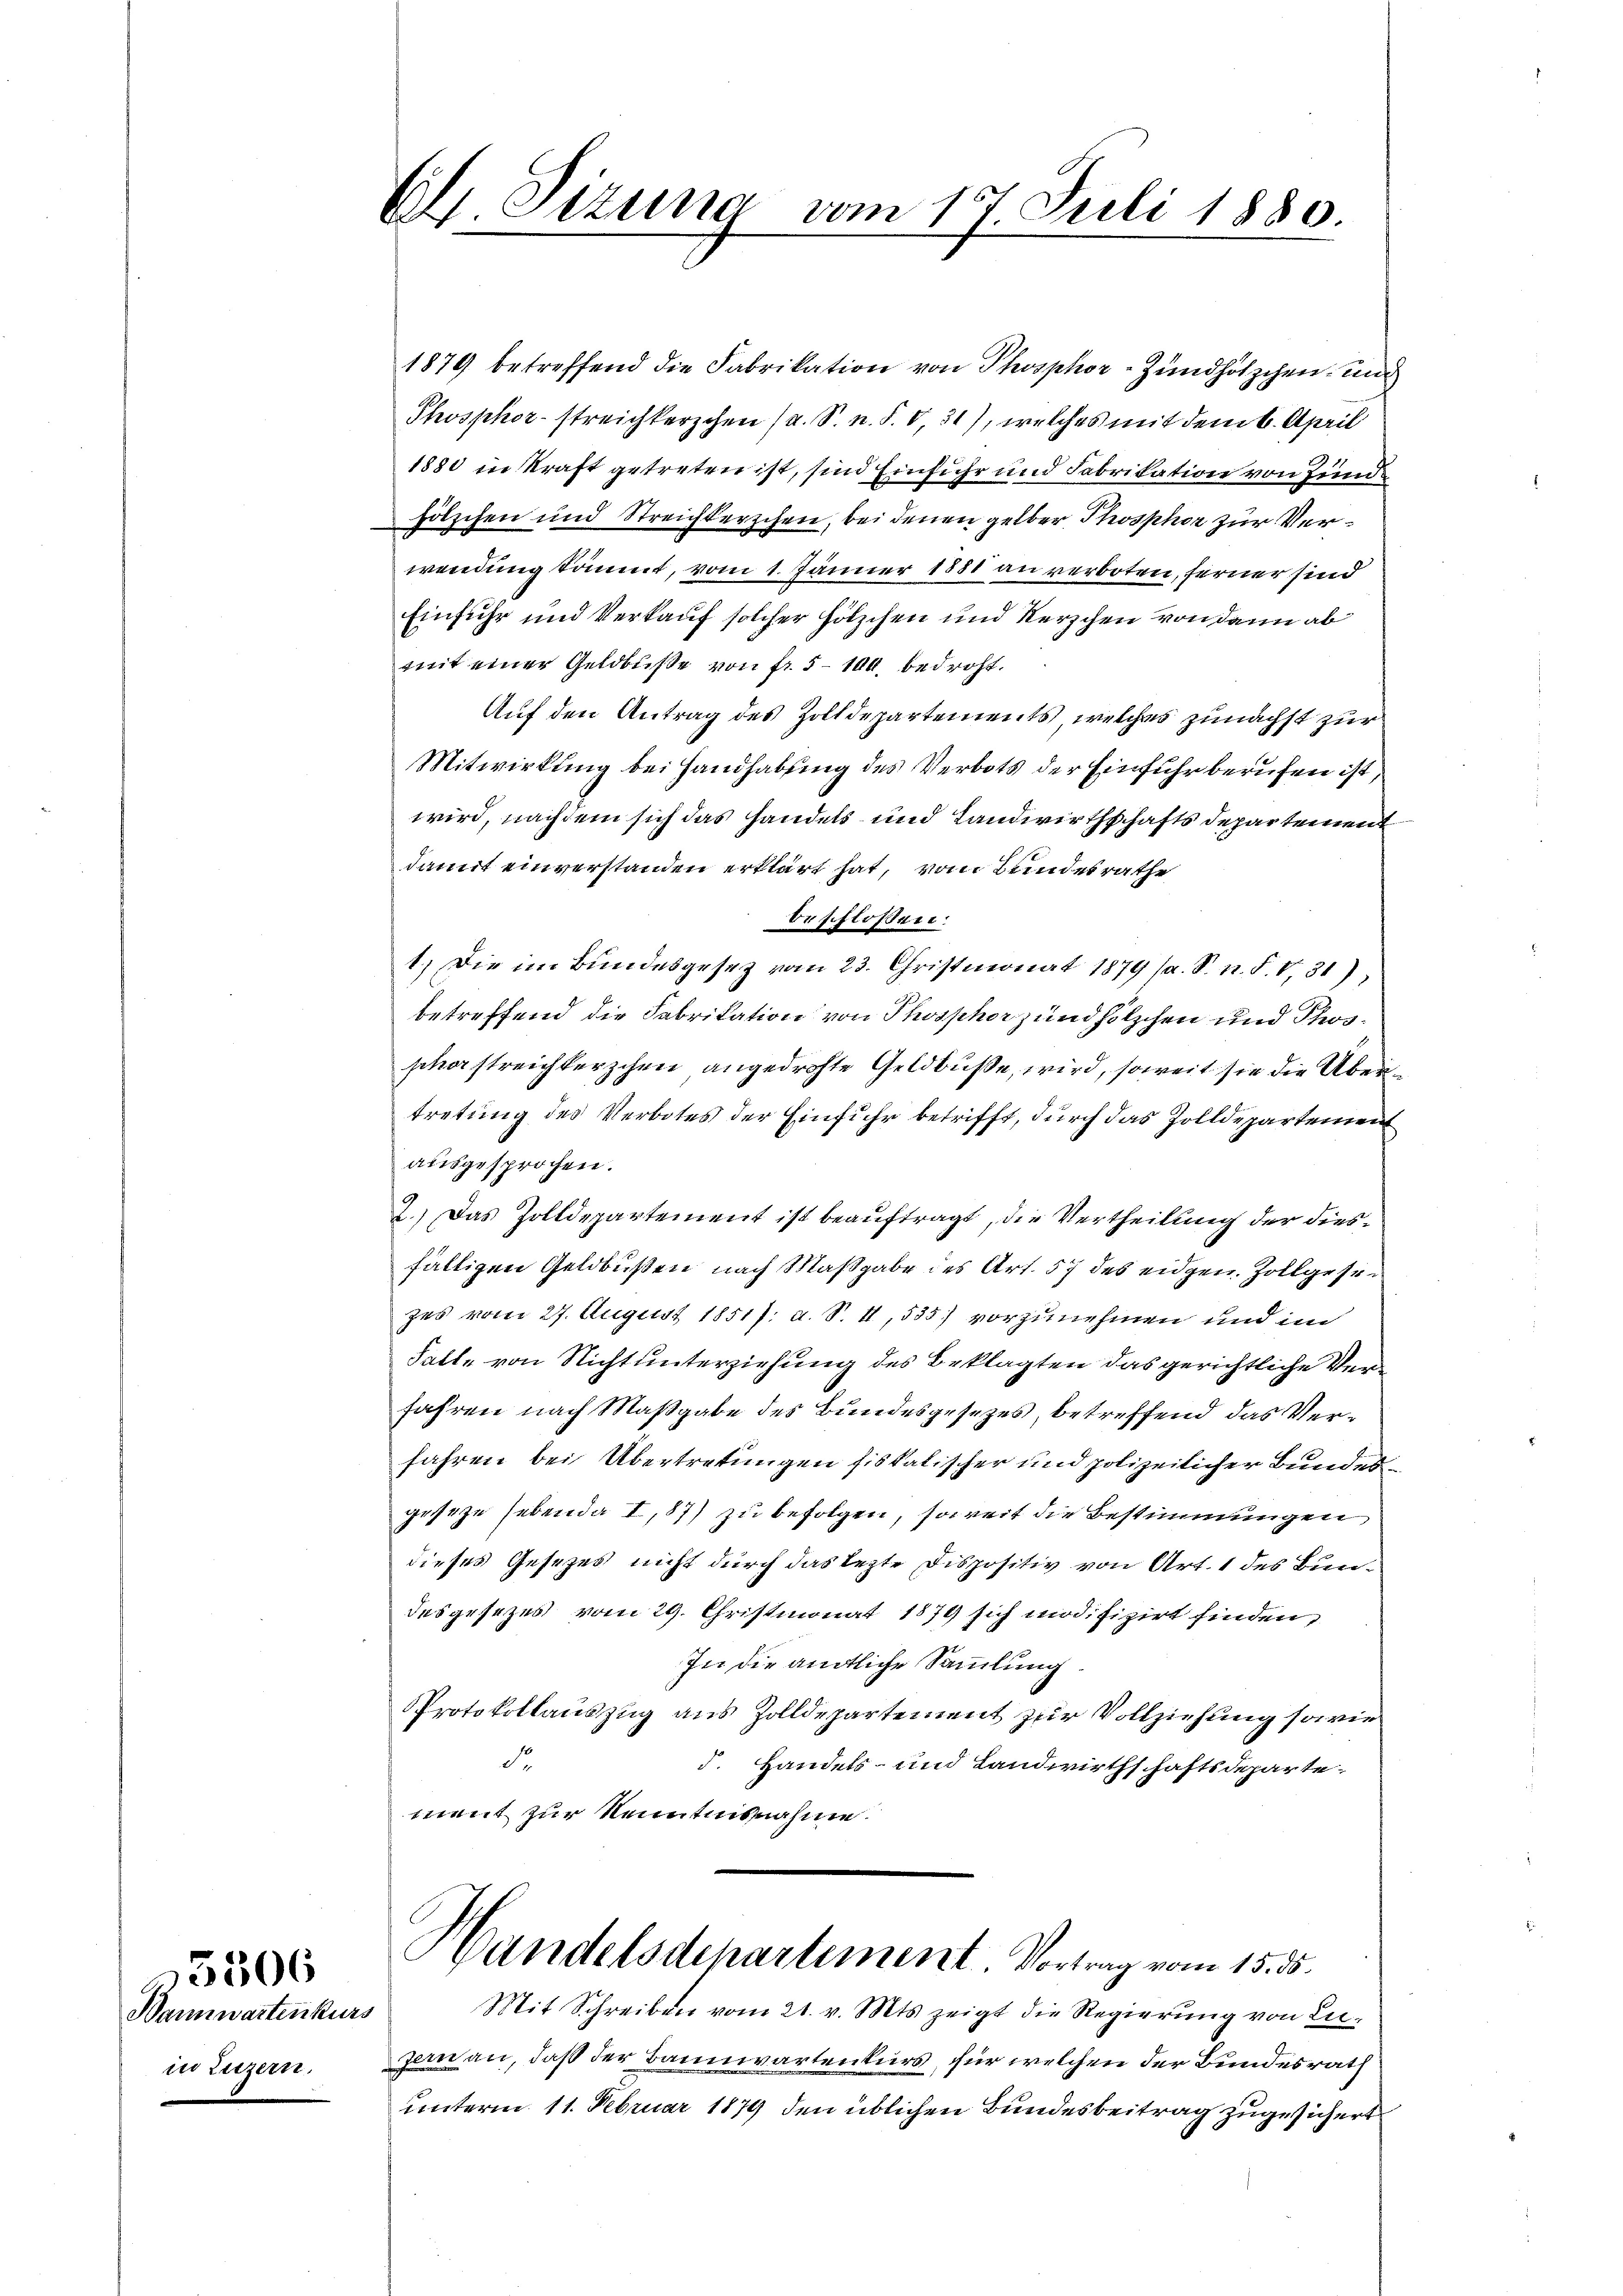
Wannwartenkurs
in Luzern.

3506

Ch. Sizung vom 17. Juli 1880

1879 betreffend die Fabrikation von Phosphor-Zündhölzchen und
Phosphor streichkerzchen (s. S. n. F. 0,31), welches mit dem 6. April
1880 in Kraft getreten ist, sind Einfuhr und Fabrikation von Hund
hölzchen und Streichterschen, bei denen gelber Phosphor zur Verwendung kommt, vom 1. Jänner 1880 an verboten, ferner sind
Einfuhr und Verkauf solcher hölzchen und Kerschen von dann ab
mit einer Geldbuße von fr. 5 - 100 bedroht.
Auf den Antrag des Zolldepartements, welches zunächst zur
Mitwirkung bei Handhabung des Verbots der Einfuhr berufen ist,
wird, nachdem sich das handels und Landwirthschafts departement
damit einverstanden erklärt hat, vom Bundesrathe
beschloßen:
1.) Die im Bundesgesetz vom 23. Christmonat 1879 (s. S. n. F. V,31)
betreffend die Fabrikation von Phosphor zundhölzchen und Phosscherstreichkerzchen angedrohte Geldbuße, wird, soweit sie die Übertretung des Verbotes der Einfuhr betrifft, durch das Zolldepartemen
ausgesprochen.
2.) Das Zolldepartement ist beauftragt, die Vertheilung der diesfälligen Geldbußen nach Maßgabe des Art. 57 des eidgen. Zollgesezes vom 27. August 1851/: a. S. I, 535) vorzunehmen und im
Falle von Nichtunterziehung des Beklagten das gerichtliche Verfahren nach Maßgabe des Bundesgesezes, betreffend das Verfahren bei Übertretungen fiskalischer und polizeilicher Bundesgeseze hebenda I,87) zu befolgen, soweit die Bestimmungen
dieses Gesetzes nicht durch das lezte Dispositiv von Art. 1 des Bundesgesezes vom 29. Christmonat 1879 sich modifizirt finden,
In die amtliche Sammlung.
Protokollauszug aus Zolldepartement zur Vollziehung sowie
de
J. Handels- und Landwirthschaftsdeparte
ment zur Kenntnisnahme
Handelsdepartement. Vortrag vom 15. ds.
Mit Schreiben vom 21. v. Mts. zeigt die Regierung von Lu¬
Zanan, daß der Baumgartenkurs, für welchen der Bundesrath
unterm 11. Februar 1879 den üblichen Bundesbeitrag zugesichert